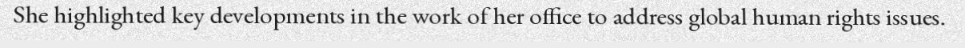
She highlighted key developments in the work of her office to address global human rights issues.